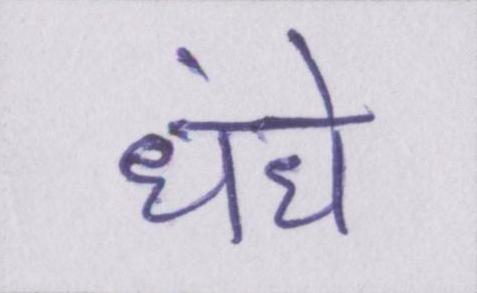
धंधे